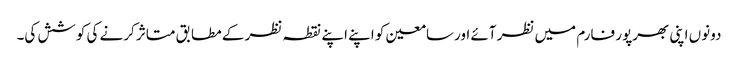
دونوں اپنی بھرپور فارم میں نظر آئے اورسامعین کو اپنے اپنے نقطہ نظر کے مطابق متاثر کرنے کی کوشش کی۔